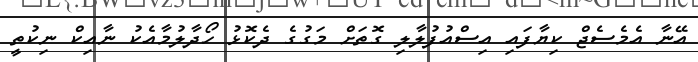
އޭނާ އެމެސެޖް ކިޔާފައި އިސްއުފުލާލި ގޮތަށް މަގުގެ ދެކޮޅު ހޯދާލުމާއެކު ނާއިކް ނިކުތީ